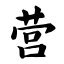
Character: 营